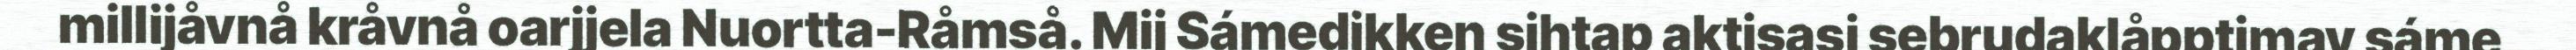
millijåvnå kråvnå oarjjela Nuortta-Råmså. Mij Sámedikken sihtap aktisasj sebrudaklåpptimav sáme